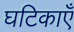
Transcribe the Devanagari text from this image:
घटिकाएँ